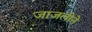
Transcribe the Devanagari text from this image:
जाजलीने